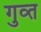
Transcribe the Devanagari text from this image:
गुव्त